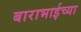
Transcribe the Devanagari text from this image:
बाराभाईच्या